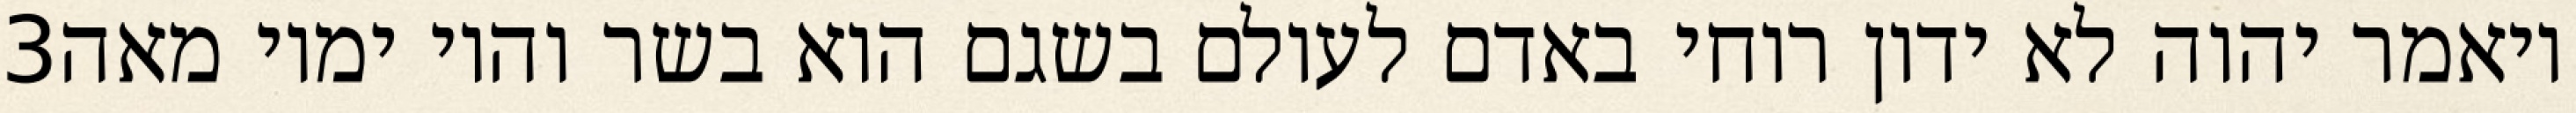
‎3‏ ויאמר יהוה לא ידון רוחי באדם לעולם בשגם הוא בשר והיו ימיו מאה